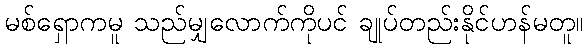
မစ်ရှောကမူ သည်မျှလောက်ကိုပင် ချုပ်တည်းနိုင်ဟန်မတူ။